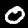
Label: 0